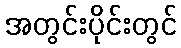
အတွင်းပိုင်းတွင်